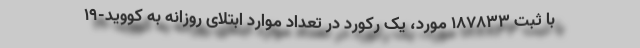
با ثبت 187833 مورد، یک رکورد در تعداد موارد ابتلای روزانه به کووید-19